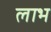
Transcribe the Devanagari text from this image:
लाभ